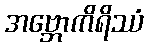
အဗ္ဘောကိရိဿံ